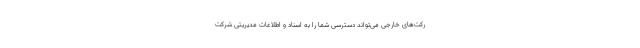
رکت‌های خارجی می‌تواند دسترسی شما را به اسناد و اطلاعات مدیریتی شرکت